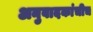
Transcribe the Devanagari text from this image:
अनुवादकांचीच